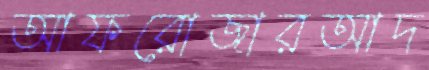
আফরোজারআদ